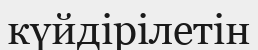
күйдірілетін